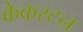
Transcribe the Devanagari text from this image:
केकस्टन